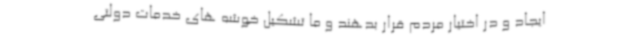
ایجاد و در اختیار مردم قرار بدهند و ما تشکیل خوشه های خدمات دولتی